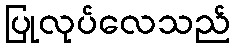
ပြုလုပ်လေသည်